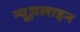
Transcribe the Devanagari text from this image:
न्यूज़लाइन